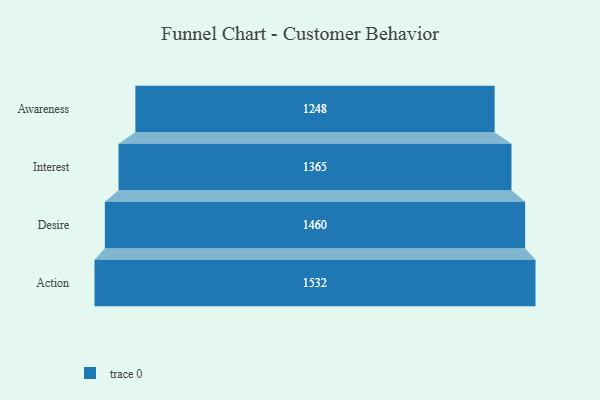
{"axis": {"x": "Stage", "y": "Value"}, "legend": [""], "data": [{"x": "Awareness", "y": 1248.0, "type": ""}, {"x": "Interest", "y": 1365.0, "type": ""}, {"x": "Desire", "y": 1460.0, "type": ""}, {"x": "Action", "y": 1532.0, "type": ""}]}